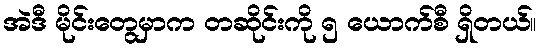
အဲဒီ မိုင်းတွေမှာက တဆိုင်းကို ၅ ယောက်စီ ရှိတယ်။